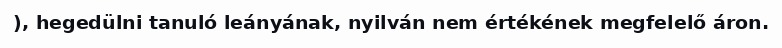
), hegedülni tanuló leányának, nyilván nem értékének megfelelő áron.